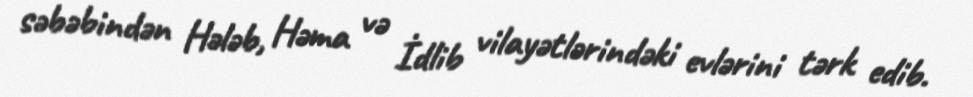
səbəbindən Hələb, Həma və İdlib vilayətlərindəki evlərini tərk edib.